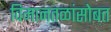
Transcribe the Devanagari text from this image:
विमानतळांसोबत